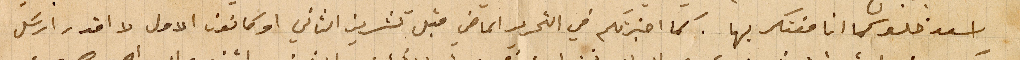
اسعد فلوس انا مفتكر بها. كما اخبرتكم في التحرير الماضي قبل تشرين الثاني او كانون الاول لا اقدر ارسَل